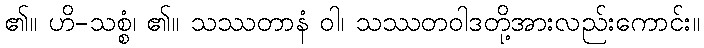
၏။ ဟိ-သစ္စံ၊ ၏။ သဿတာနံ ဝါ၊ သဿတဝါဒတို့အားလည်းကောင်း။